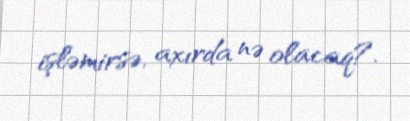
işləmirsə, axırda nə olacaq?.